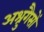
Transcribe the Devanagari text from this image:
अश्रुगैसों